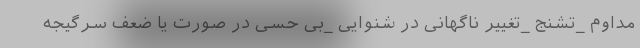
مداوم _تشنج _تغییر ناگهانی در شنوایی _بی حسی در صورت یا ضعف سرگیجه